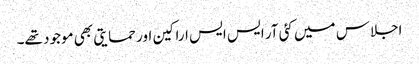
اجلاس میں کئی آر ایس ایس اراکین اور حمایتی بھی موجود تھے۔